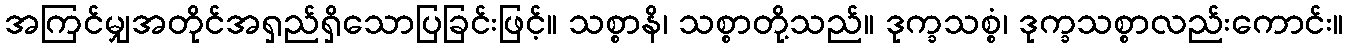
အကြင်မျှအတိုင်အရှည်ရှိသောပြခြင်းဖြင့်။ သစ္စာနိ၊ သစ္စာတို့သည်။ ဒုက္ခသစ္စံ၊ ဒုက္ခသစ္စာလည်းကောင်း။